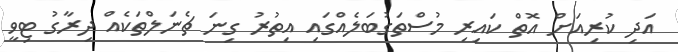
އަދި ކުރިއަށް އޮތް ކައިރި މުސްތަގުބަލެއްގައި އިތުރު ގިނަ ޗެނަލްތަކެއް ދިރާގު ޓިވީ